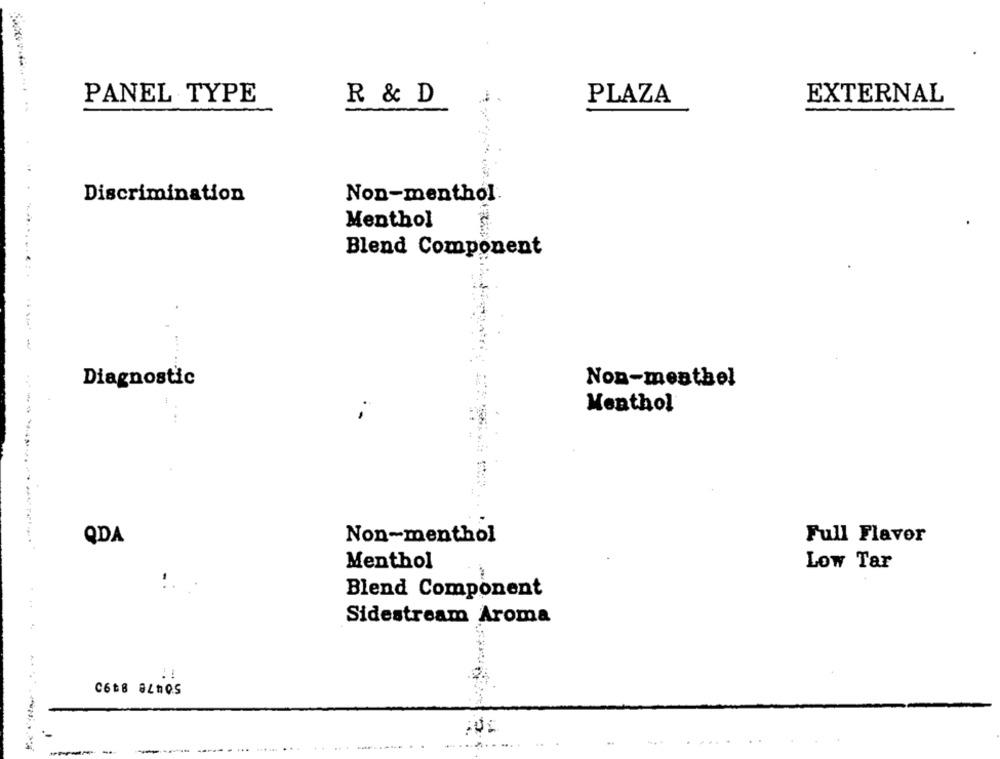
PANEL TYPE
EXTERNAL
R & D
PLAZA
Discrimination
Non-menthol.
Menthol
Blend Component
..
Diagnostic
Non-meathel
Menthol
QDA
Non-menthol
Full Flavor
Menthol
Low Tar
Blend Component
Sidestream Aroma
!!